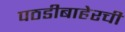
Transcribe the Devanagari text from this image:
पठडीबाहेरची